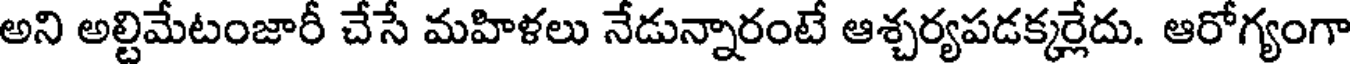
అని అల్టిమేటంజారీ చేసే మహిళలు నేడున్నారంటే ఆశ్చర్యపడక్కర్లేదు. ఆరోగ్యంగా